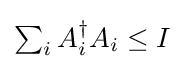
\textstyle \sum _{i}A_{i}^{\dagger }A_{i}\leq I